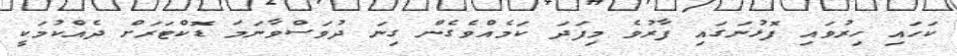
ކަހައި ހިރުވައި ފޮޅުނަގައި ފާރުވެ މިފަދަ ކަމެއްވެގެން ގިނަ ދުވަސްވާނަމަ ޑޮކްޓަރަށް ދެއްކުމަކީ